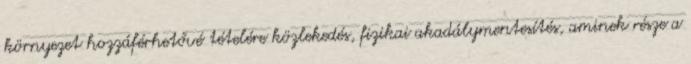
környezet hozzáférhetővé tételére közlekedés, fizikai akadálymentesítés, aminek része a